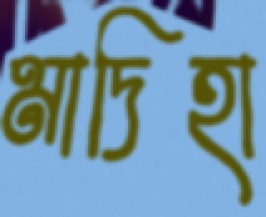
মাদিহা